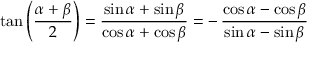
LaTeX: \tan \left( { \frac { \alpha + \beta } { 2 } } \right) = { \frac { \sin \alpha + \sin \beta } { \cos \alpha + \cos \beta } } = - \, { \frac { \cos \alpha - \cos \beta } { \sin \alpha - \sin \beta } }